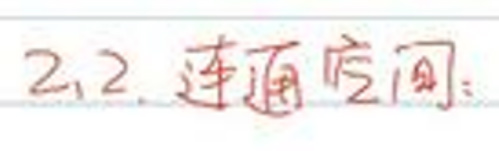
2.2. 连通空间：